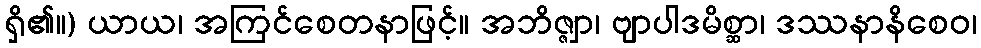
ရှိ၏။) ယာယ၊ အကြင်စေတနာဖြင့်။ အဘိဇ္ဇျာ၊ ဗျာပါဒမိစ္ဆာ၊ ဒဿနာနိစေဝ၊